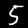
Label: 5